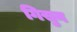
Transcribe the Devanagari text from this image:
गिसुन